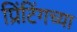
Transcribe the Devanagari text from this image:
प्रिंटिंगच्या